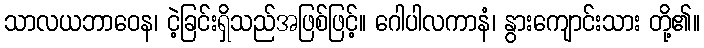
သာလယဘာဝေန၊ ငဲ့ခြင်းရှိသည်အဖြစ်ဖြင့်။ ဂေါပါလကာနံ၊ နွားကျောင်းသား တို့၏။